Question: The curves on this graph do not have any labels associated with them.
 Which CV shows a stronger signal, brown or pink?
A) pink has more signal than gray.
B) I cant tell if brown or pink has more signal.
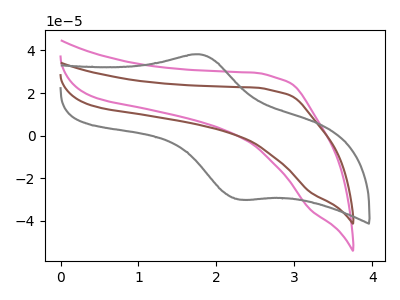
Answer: <think>The pink curve "pink" has no peaks. The brown curve "brown" has no peaks. The gray curve "gray" has an anodic peak at (1.80V, 38.15uA) and a cathodic peak at (2.30V, -30.05uA).
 Neither "brown" or "pink" have any peaks.</think>
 <answer>B) I cant tell if "brown" or "pink" has more signal.</answer>
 <eval>B</eval>